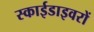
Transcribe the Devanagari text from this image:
स्काईडाइवरों